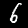
Digit: 6